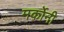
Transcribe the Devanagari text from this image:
मर्कोनी